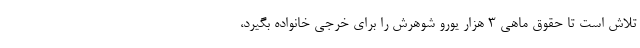
تلاش است تا حقوق ماهی ۳ هزار یورو شوهرش را برای خرجی خانواده بگیرد،